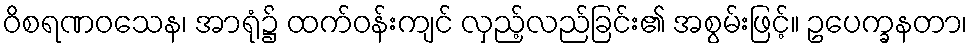
ဝိစရဏဝသေန၊ အာရုံ၌ ထက်ဝန်းကျင် လှည့်လည်ခြင်း၏ အစွမ်းဖြင့်။ ဥပေက္ခနတာ၊